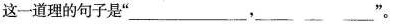
这一道理的句子是”___，___”。